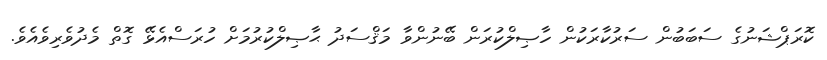
ކޮރަޕްޝަނުގެ ސަބަބުން ސަރުކާރަކުން ހާޞިލްކުރަން ބޭނުންވާ މަޤްސަދު ޙާޞިލްކުރުމަށް ހުރަސްއެޅޭ ގޮތް މެދުވެރިވެއެވެ.